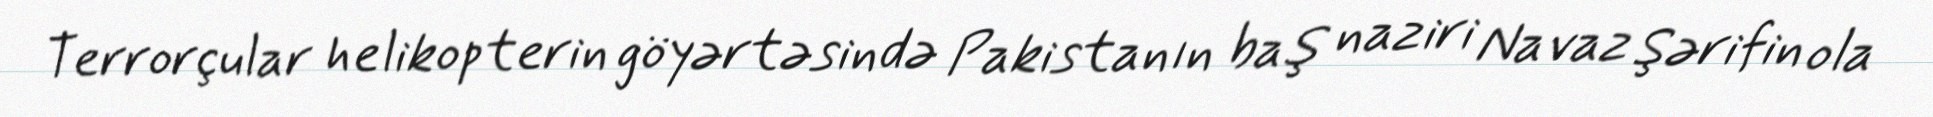
Terrorçular helikopterin göyərtəsində Pakistanın baş naziri Navaz Şərifin ola